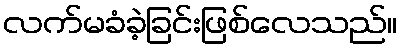
လက်မခံခဲ့ခြင်းဖြစ်လေသည်။